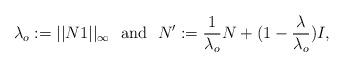
LaTeX: \begin{align*} \lambda_o:= ||N1||_{\infty}\ \mbox{ and } \ N':= \frac{1}{\lambda_o} N+ (1- \frac{\lambda}{\lambda_o}) I,\end{align*}